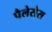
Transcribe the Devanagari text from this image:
पैलेसेस